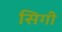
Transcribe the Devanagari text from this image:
सिगी